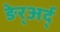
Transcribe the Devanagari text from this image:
ङेर्‍अर्द्